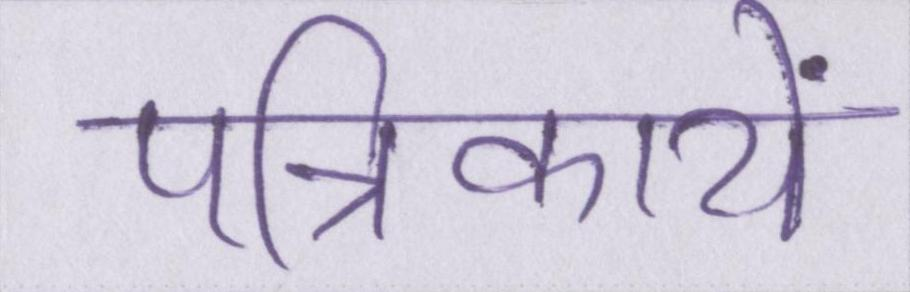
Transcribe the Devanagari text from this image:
पत्रिकायें